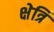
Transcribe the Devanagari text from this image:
क्षेत्रिं